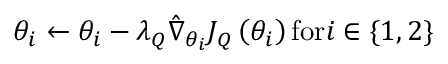
{ \theta _ { i } } \leftarrow { \theta _ { i } } - { \lambda _ { Q } } { \hat { \nabla } _ { { \theta _ { i } } } } { J _ { Q } } \left( { { \theta _ { i } } } \right) \mathrm { { f o r } } i \in \{ 1 , 2 \} \mathrm { { } }